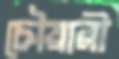
চৌয়ারী